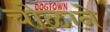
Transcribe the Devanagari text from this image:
चोळाने